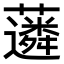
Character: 𧁽